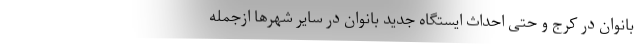
بانوان در کرج و حتی احداث ایستگاه جدید بانوان در سایر شهرها ازجمله